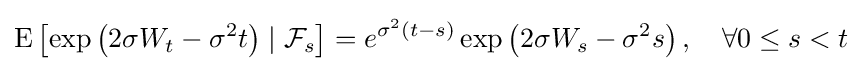
\operatorname {E} \left[\exp \left(2\sigma W_{t}-\sigma ^{2}t\right)\mid {\mathcal {F}}_{s}\right]=e^{\sigma ^{2}(t-s)}\exp \left(2\sigma W_{s}-\sigma ^{2}s\right),\quad \forall 0\leq s<t